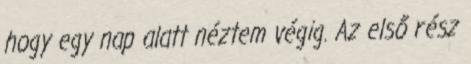
hogy egy nap alatt néztem végig. Az első rész